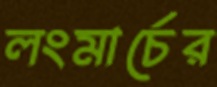
লংমার্চের